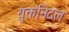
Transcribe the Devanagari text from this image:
युक्तनिदल